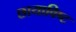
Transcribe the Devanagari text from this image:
छायाविष्ट